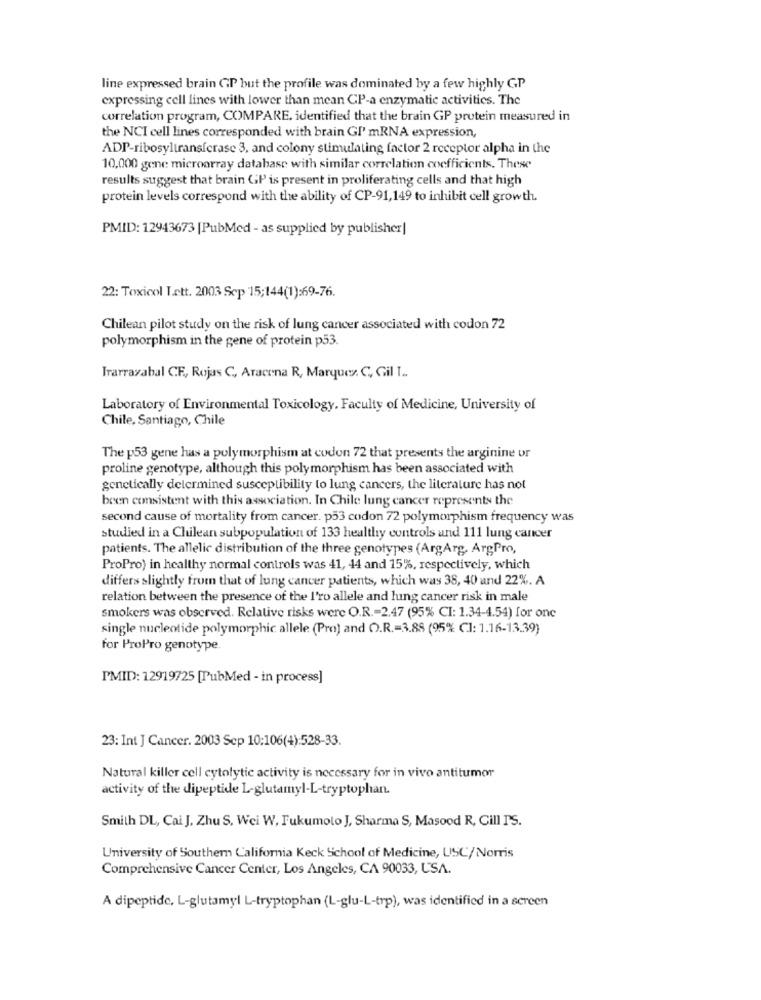
line expressed brain GP but the profile was dominated by a few highly GP
expressing cell lines with lower than mean CP-a enzymatic activities. The
correlation program, COMPARE, identified that the brain GP protein measured in
the NCI cell lines corresponded with brain Gl' mRNA expression,
ADP-ribosyltransferase 3, and colony stimulating factor 2 receptor alpha in the
10,000 gene microarray database with similar correlation coefficients. These
results suggest that brain GP is present in proliferating cells and that high
protein levels correspond with the ability of CP-91,149 to inhibit cell growth.
PMID: 12943673 [PubMed - as supplied by publisher|
22: Toxicol Lett. 2003 Sep 15;144(1):69-76.
Chilean pilot study on the risk of lung cancer associated with codon 72
polymorphism in the gene of protein p53.
Trarrazabal CE, Rojas C, Aracena R, Marquex. C ,, Gil I ..
Laboratory of Environmental Toxicology, Faculty of Medicine, University of
Chile, Santiago, Chile
The p53 gene has a polymorphism at codon 72 that presents the arginine or
proline genotype, although this polymorphism has been associated with
genetically determined susceptibility to lung cancers, the literature has not
been consistent with this association. In Chile lung cancer represents the
second cause of mortality from cancer. p53 codon 72 polymorphism frequency was
studied in a Chilean subpopulation of 133 healthy controls and 111 lung cancer
patients. The allelic distribution of the three genotypes (ArgArg, ArgPro,
ProPro) in healthy normal controls was 41, 44 and 15%, respectively, which
differs slightly from that of lung cancer patients, which was 38, 40 and 22%. A
relation between the presence of the l'ro allele and lung cancer risk in male
smokers was observed. Relative risks were O.R .= 2.47 (95% CI: 1.34-4.54) for one
single nucleotide polymorphic allele (Pro) and O.R .= 3.88 (95% Cl: 1.16-13.39)
for ProPro genotype.
PMID: 12919725 [PubMed - in process]
23: Int J Cancer. 2003 Sep 10:106(4):528-33.
Natural killer cell cytolytic activity is necessary for in vivo antitumor
activity of the dipeptide L-glutamyl-L-tryptophan.
Smith DL, Cai J. Zhu S. Wei W. Fukumoto J, Sharma S, Masood R, Cill I'S.
University of Southern California Keck School of Medicine, USC/Norris
Comprehensive Cancer Center, Los Angeles, CA 90033, USA.
A dipeptide. L-glutamyl L-tryptophan (L-glu-L-trp), was identified in a screen